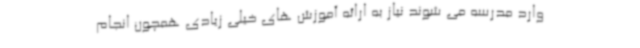
وارد مدرسه می شوند نیاز به ارائه آموزش های خیلی زیادی همچون انجام